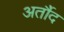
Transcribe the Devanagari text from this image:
अर्तौद